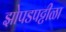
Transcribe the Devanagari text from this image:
झोपडपट्टीळा